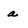
Character: a